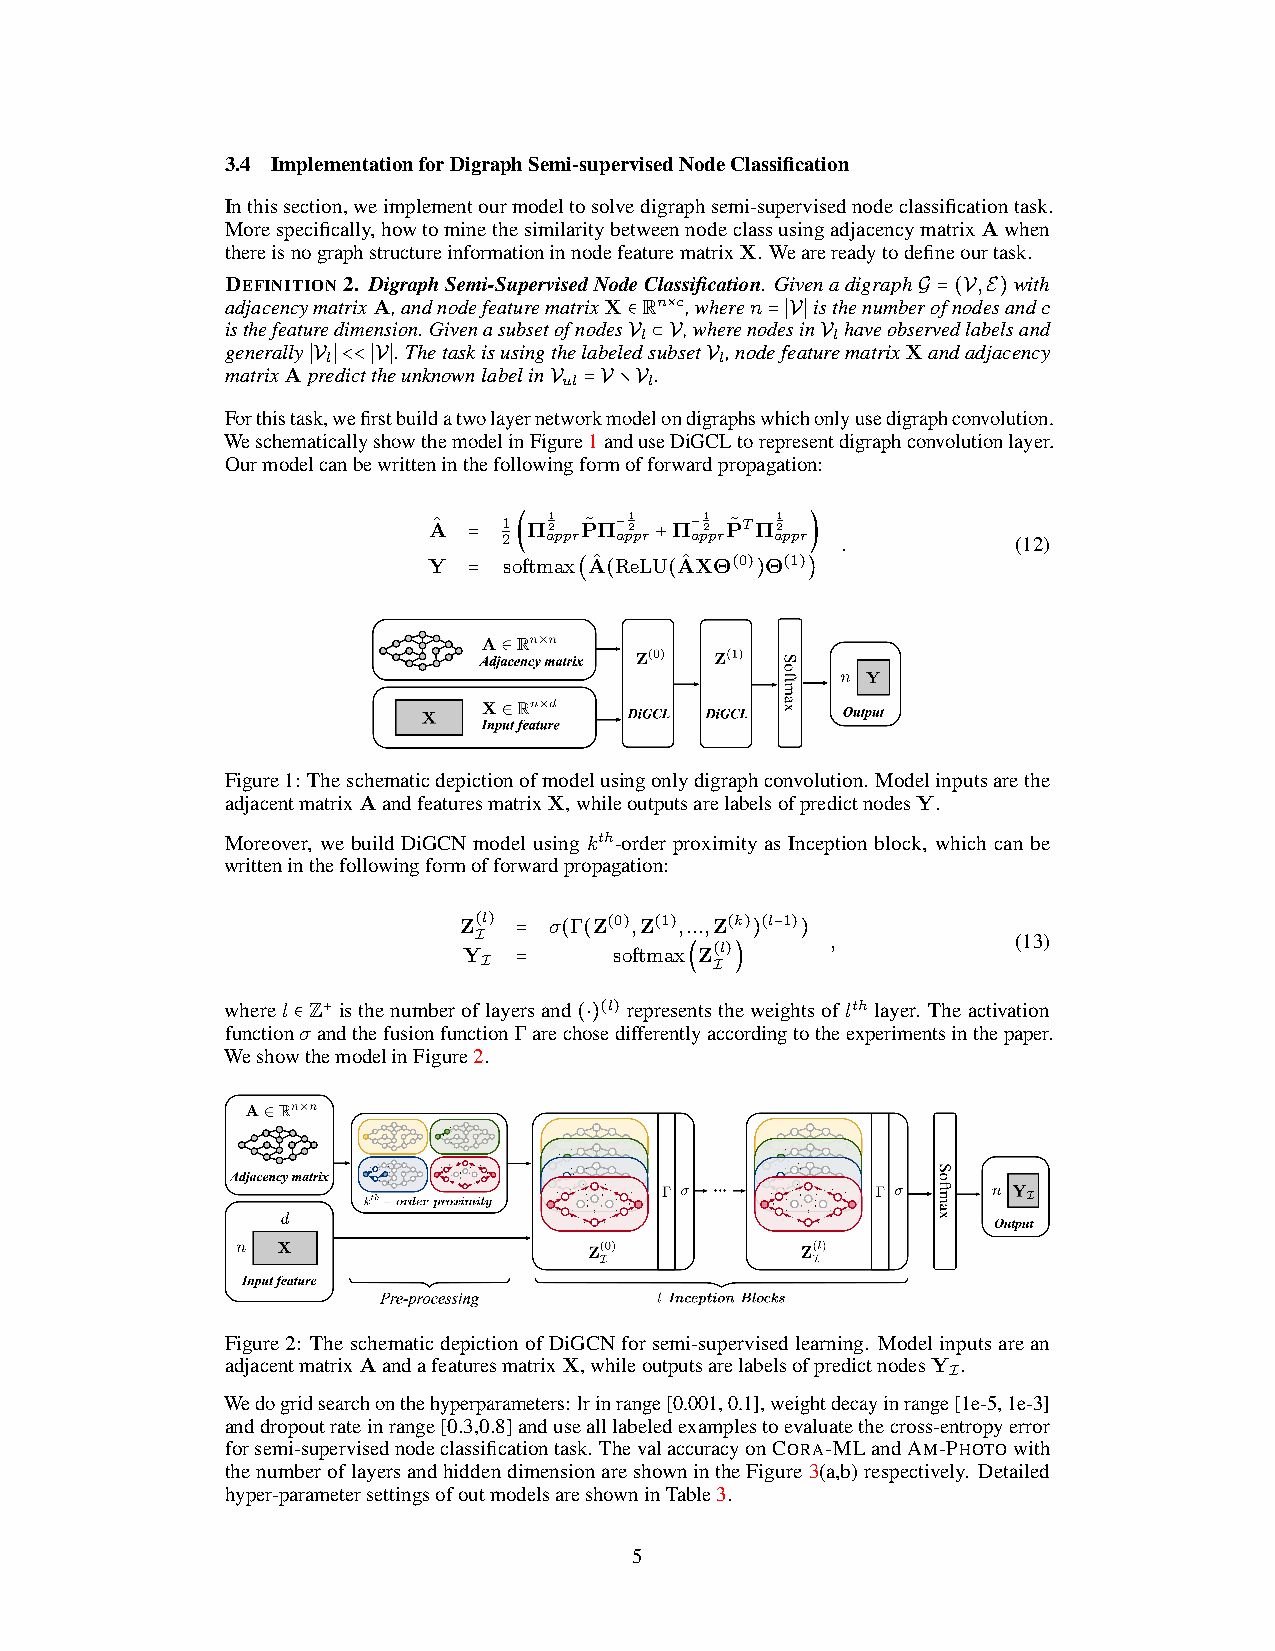
3.4 ImplementationforDigraphSemi-supervisedNodeClassification
 Inthissection,weimplementourmodeltosolvedigraphsemi-supervisednodeclassificationtask.
 Morespecifically,howtominethesimilaritybetweennodeclassusingadjacencymatrixAwhen
 thereisnographstructureinformationinnodefeaturematrixX. Wearereadytodefineourtask.
 DEFINITION2. DigraphSemi-SupervisedNodeClassification. GivenadigraphG =(V,E)with
 adjacencymatrixA,andnodefeaturematrixX∈Rn×c,wheren=∣V∣isthenumberofnodesandc
 isthefeaturedimension. GivenasubsetofnodesV ⊂V,wherenodesinV haveobservedlabelsand
 l            l
 generally∣V ∣<<∣V∣. ThetaskisusingthelabeledsubsetV ,nodefeaturematrixXandadjacency
 l                         l
 matrixApredicttheunknownlabelinV =V∖V .
 ul    l
 Forthistask,wefirstbuildatwolayernetworkmodelondigraphswhichonlyusedigraphconvolution.
 WeschematicallyshowthemodelinFigure1anduseDiGCLtorepresentdigraphconvolutionlayer.
 Ourmodelcanbewritteninthefollowingformofforwardpropagation:
 Aˆ = 1(Π1 2 P˜Π−1 2 +Π−1 2 P˜TΠ1 2 )
 2  appr appr appr appr .          (12)
 Y  = softmax(Aˆ(ReLU(AˆXΘ(0))Θ(1))
 Figure1: Theschematicdepictionofmodelusingonlydigraphconvolution. Modelinputsarethe
 adjacentmatrixAandfeaturesmatrixX,whileoutputsarelabelsofpredictnodesY.
 Moreover, we build DiGCN model using kth-order proximity as Inception block, which can be
 writteninthefollowingformofforwardpropagation:
 Z(l) = σ(Γ(Z(0),Z(1),...,Z(k))(l−1))
 I
 YI =
 softmax(Z( Il)
 )
 ,           (13)
 wherel ∈Z+ isthenumberoflayersand(⋅)(l) representstheweightsoflth layer. Theactivation
 functionσandthefusionfunctionΓarechosedifferentlyaccordingtotheexperimentsinthepaper.
 WeshowthemodelinFigure2.
 Figure2: TheschematicdepictionofDiGCNforsemi-supervisedlearning. Modelinputsarean
 adjacentmatrixAandafeaturesmatrixX,whileoutputsarelabelsofpredictnodesYI.
 Wedogridsearchonthehyperparameters: lrinrange[0.001,0.1],weightdecayinrange[1e-5,1e-3]
 anddropoutrateinrange[0.3,0.8]andusealllabeledexamplestoevaluatethecross-entropyerror
 forsemi-supervisednodeclassificationtask. ThevalaccuracyonCORA-MLandAM-PHOTOwith
 thenumberoflayersandhiddendimensionareshownintheFigure3(a,b)respectively. Detailed
 hyper-parametersettingsofoutmodelsareshowninTable3.
 5